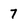
Character: 7